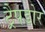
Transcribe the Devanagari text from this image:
ट्रैपडोर